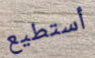
أستطيع